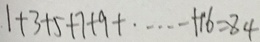
1 + 3 + 5 + 7 + 9 + \cdots + 1 6 = 8 4